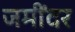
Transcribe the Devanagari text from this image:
जमींदर